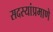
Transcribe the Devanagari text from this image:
सदस्यांप्रमाणे